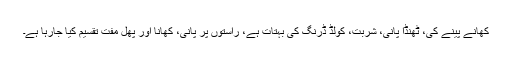
کھانے پینے کی، ٹھنڈا پانی، شربت، کولڈ ڈرنگ کی بہتات ہے، راستوں پر پانی، کھانا اور پھل مفت تقسیم کیا جارہا ہے۔